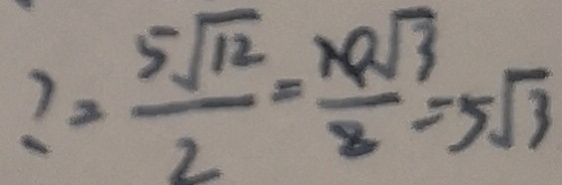
\therefore = \frac { 5 \sqrt { 1 2 } } { 2 } = \frac { 1 0 \sqrt { 3 } } { 2 } = 5 \sqrt { 3 }